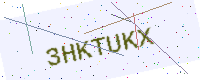
Text: 3HKTUKX